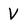
Character: V